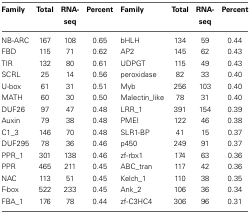
<table><thead><tr><td><b>Family</b></td><td><b>Total</b></td><td><b>RNA-seq</b></td><td><b>Percent</b></td><td><b>Family</b></td><td><b>Total</b></td><td><b>RNA-seq</b></td><td><b>Percent</b></td></tr></thead><tbody><tr><td>NB-ARC</td><td>167</td><td>108</td><td>0.65</td><td>bHLH</td><td>134</td><td>59</td><td>0.44</td></tr><tr><td>FBD</td><td>115</td><td>71</td><td>0.62</td><td>AP2</td><td>145</td><td>62</td><td>0.43</td></tr><tr><td>TIR</td><td>132</td><td>80</td><td>0.61</td><td>UDPGT</td><td>115</td><td>49</td><td>0.43</td></tr><tr><td>SCRL</td><td>25</td><td>14</td><td>0.56</td><td>peroxidase</td><td>82</td><td>33</td><td>0.40</td></tr><tr><td>U-box</td><td>61</td><td>31</td><td>0.51</td><td>Myb</td><td>256</td><td>103</td><td>0.40</td></tr><tr><td>MATH</td><td>60</td><td>30</td><td>0.50</td><td>Malectin_like</td><td>78</td><td>31</td><td>0.40</td></tr><tr><td>DUF26</td><td>97</td><td>47</td><td>0.48</td><td>LRR_1</td><td>391</td><td>154</td><td>0.39</td></tr><tr><td>Auxin</td><td>79</td><td>38</td><td>0.48</td><td>PMEI</td><td>122</td><td>46</td><td>0.38</td></tr><tr><td>C1_3</td><td>146</td><td>70</td><td>0.48</td><td>SLR1-BP</td><td>41</td><td>15</td><td>0.37</td></tr><tr><td>DUF295</td><td>78</td><td>36</td><td>0.46</td><td>p450</td><td>249</td><td>91</td><td>0.37</td></tr><tr><td>PPR_1</td><td>301</td><td>138</td><td>0.46</td><td>zf-rbx1</td><td>174</td><td>63</td><td>0.36</td></tr><tr><td>PPR</td><td>465</td><td>211</td><td>0.45</td><td>ABC_tran</td><td>117</td><td>42</td><td>0.36</td></tr><tr><td>NAC</td><td>113</td><td>51</td><td>0.45</td><td>Kelch_1</td><td>110</td><td>38</td><td>0.35</td></tr><tr><td>F-box</td><td>522</td><td>233</td><td>0.45</td><td>Ank_2</td><td>106</td><td>36</td><td>0.34</td></tr><tr><td>FBA_1</td><td>176</td><td>78</td><td>0.44</td><td>zf-C3HC4</td><td>306</td><td>96</td><td>0.31</td></tr></tbody></table>